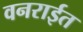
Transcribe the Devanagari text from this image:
वनराईत